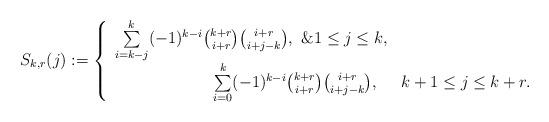
LaTeX: \begin{align*}S_{k, r}(j):={\left\{\begin{array}{rl}\sum\limits_{i=k-j}^k(-1)^{k-i}\binom{k+r}{i+r}\binom{i+r}{i+j-k},\ \&1\le j\le k,\\\sum\limits_{i=0}^k(-1)^{k-i}\binom{k+r}{i+r}\binom{i+r}{i+j-k},\ \ &k+1\le j\le k+r.\end{array}\right.}\end{align*}